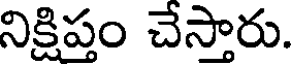
నిక్షిప్తం చేస్తారు.